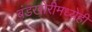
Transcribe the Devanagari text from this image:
बंडखोरीमध्येही